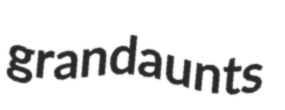
grandaunts